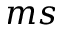
m s